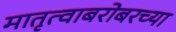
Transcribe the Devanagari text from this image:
मातृत्वाबरोबरच्या